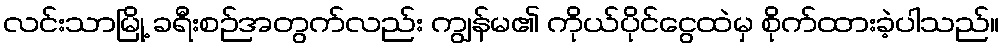
လင်းသာမြို့ ခရီးစဉ်အတွက်လည်း ကျွန်မ၏ ကိုယ်ပိုင်ငွေထဲမှ စိုက်ထားခဲ့ပါသည်။